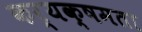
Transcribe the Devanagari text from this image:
कर्यक्षमता